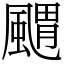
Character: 䬑